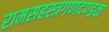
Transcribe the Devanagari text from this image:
रामसहस्त्रगणदण्डक